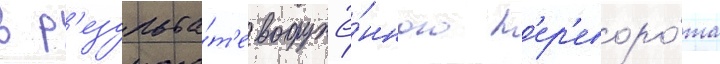
в р'езульта́т'е вооружё́нного п'ер'еворо́та